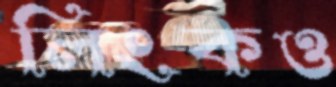
লিংকও